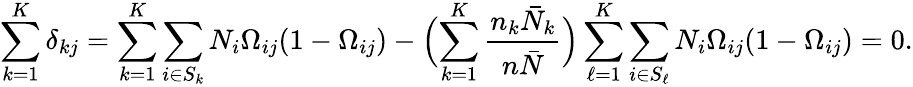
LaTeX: \sum_{k=1}^{K}\delta_{kj}=\sum_{k=1}^{K}\sum_{i\in S_{k}}N_{i}\Omega_{ij}(1-\Omega_{ij})-\Bigl(\sum_{k=1}^{K}\frac{n_{k}\bar{N}_{k}}{n\bar{N}}\Bigr)\sum_{\ell=1}^{K}\sum_{i\in S_{\ell}}N_{i}\Omega_{ij}(1-\Omega_{ij})=0.